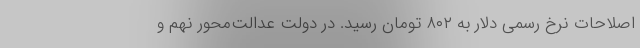
اصلاحات نرخ رسمی دلار به ۸۰۲ تومان رسید. در دولت عدالت‌محور نهم و